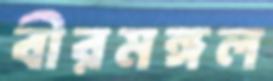
বীরমঙ্গল